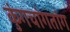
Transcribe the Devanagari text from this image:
कुंगचांगतांग